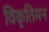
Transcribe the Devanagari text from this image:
विकृतिमन